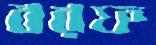
বরফ